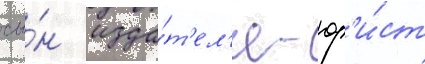
сы́н изда́т'ел'я - юр'и́ст